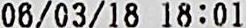
06/03/18 18:01